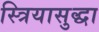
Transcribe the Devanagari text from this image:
स्त्रियासुद्धा